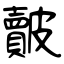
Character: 皾